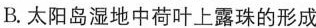
B.太阳岛湿地中荷叶上露珠的形成